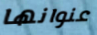
عنوانها